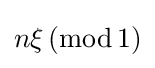
n\xi \,(\operatorname {mod} 1)